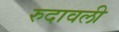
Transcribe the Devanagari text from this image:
रुदावली